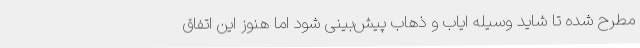
مطرح شده تا شاید وسیله ایاب و ذهاب پیش‌بینی شود اما هنوز این اتفاق